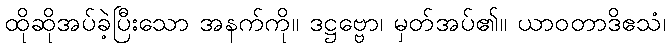
ထိုဆိုအပ်ခဲ့ပြီးသော အနက်ကို။ ဒဋ္ဌဗ္ဗော၊ မှတ်အပ်၏။ ယာဝတာဒိဧသံ၊